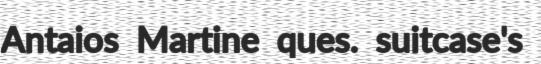
Antaios Martine ques. suitcase's